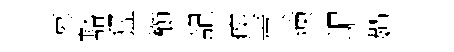
慕豁猛櫛記疾貢煉嵋嬋